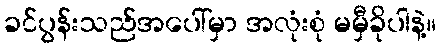
ခင်ပွန်းသည်အပေါ်မှာ အလုံးစုံ မမှီခိုပါနဲ့။